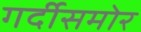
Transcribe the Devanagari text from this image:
गर्दीसमोर